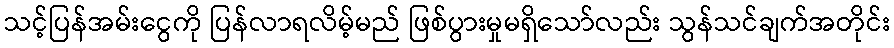
သင့်ပြန်အမ်းငွေကို ပြန်လာရလိမ့်မည် ဖြစ်ပွားမှုမရှိသော်လည်း သွန်သင်ချက်အတိုင်း